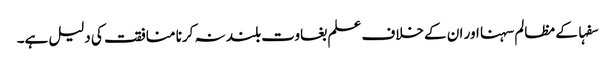
سفہا کے مظالم سہنا اور ان کے خلاف علم بغاوت بلند نہ کرنا منافقت کی دلیل ہے۔